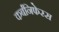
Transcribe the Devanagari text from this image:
कर्बनिफेरस